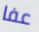
عفا